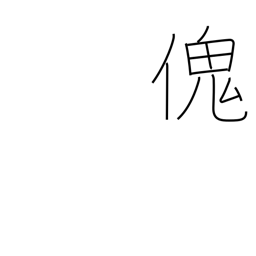
Meaning: large